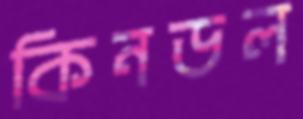
কিনডল